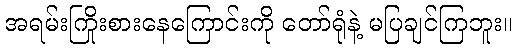
အရမ်းကြိုးစားနေကြောင်းကို တော်ရုံနဲ့ မပြချင်ကြဘူး။